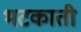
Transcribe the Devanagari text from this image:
भटकाती